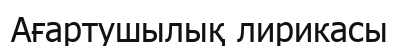
Ағартушылық лирикасы